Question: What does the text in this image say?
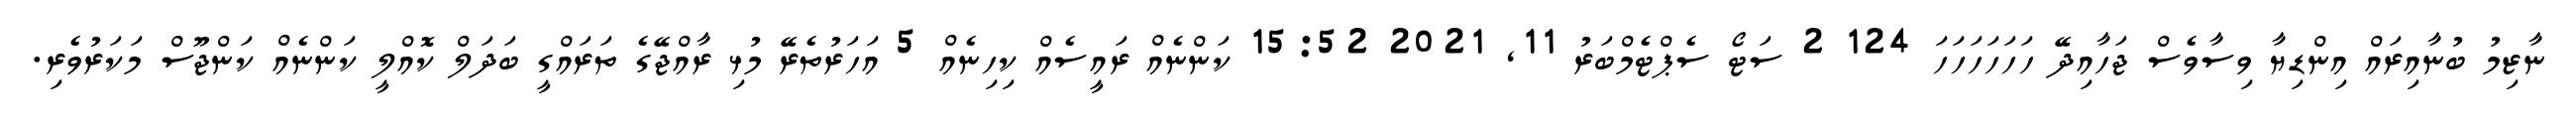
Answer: ނާޒިމު ބުނާއިރައް އިންޑިޔާ ވިސާވެސް ޖަހާއިދޭ ހަހަހަހަހަހަ 124 2 ސަޓޯ ސެޕްޓެމްބަރު 11, 2021 15:52 ކަންނެއް ރައީސެއް ކިހިނެއް 5 އަހަރުތެރޭ މުޅި ރާއްޖޭގެ ތަރައްގީ ބަދަލް ކޮއްލީ ކަންނެއް ކަންޖޫސް މަކަރުވެރި.